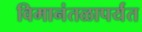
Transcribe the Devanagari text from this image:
विमानंतळापर्यंत